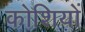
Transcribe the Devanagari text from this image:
कोशियों